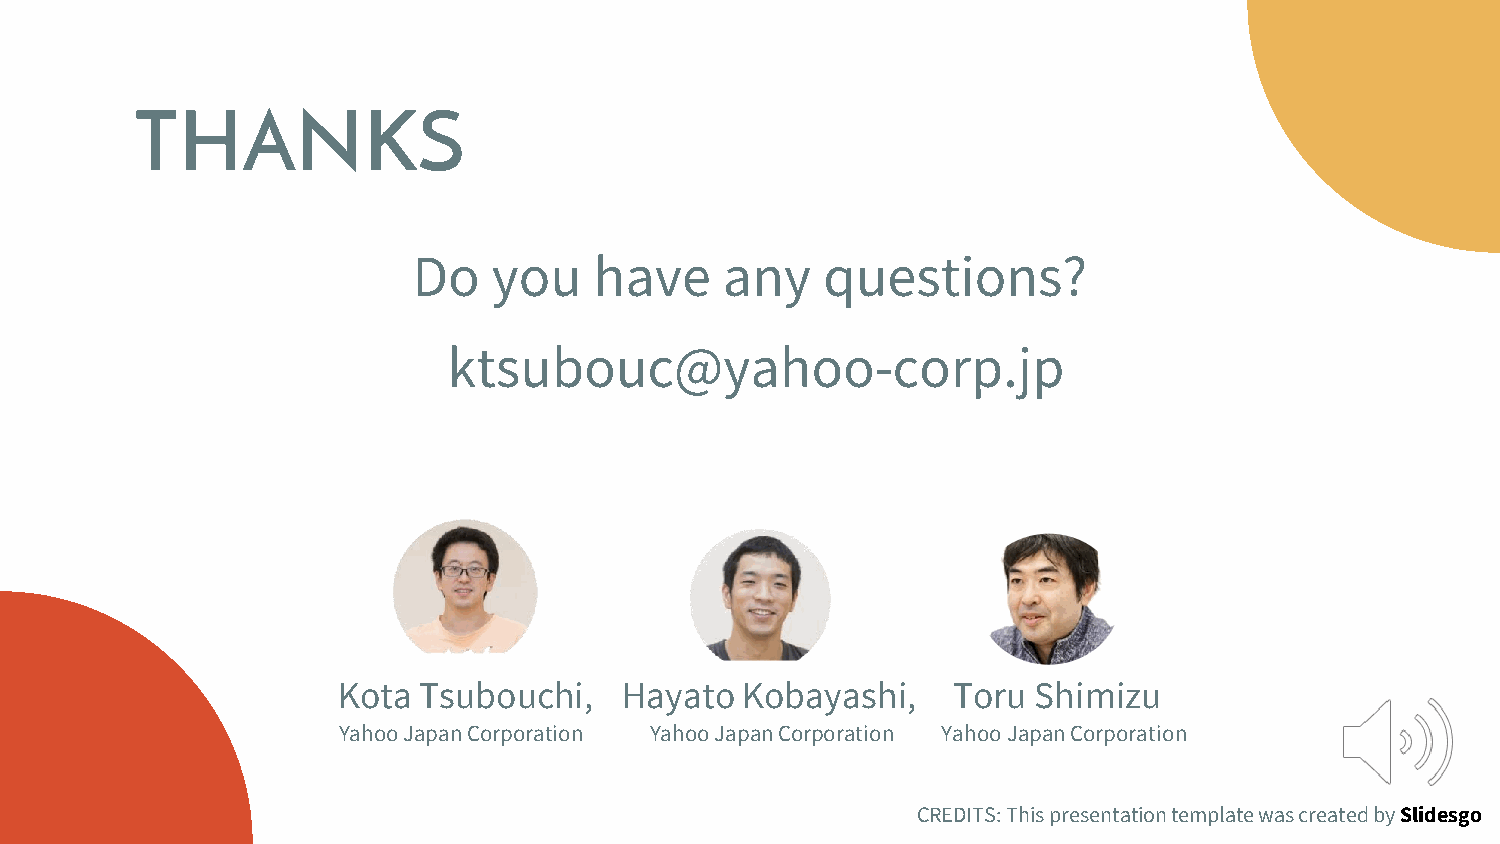
THANKS
 Do    you   have     any    questions?
 ktsubouc@yahoo-corp.jp
 Kota  Tsubouchi,   Hayato  Kobayashi,    Toru  Shimizu
 Yahoo Japan Corporation Yahoo Japan Corporation Yahoo Japan Corporation
 CREDITS: This presentation template was created by Slidesgo